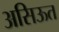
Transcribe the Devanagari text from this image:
असिऊत